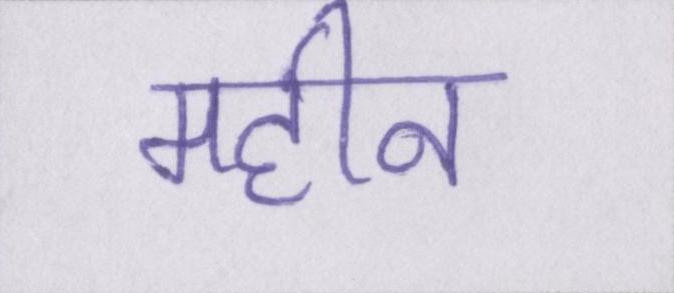
महीन